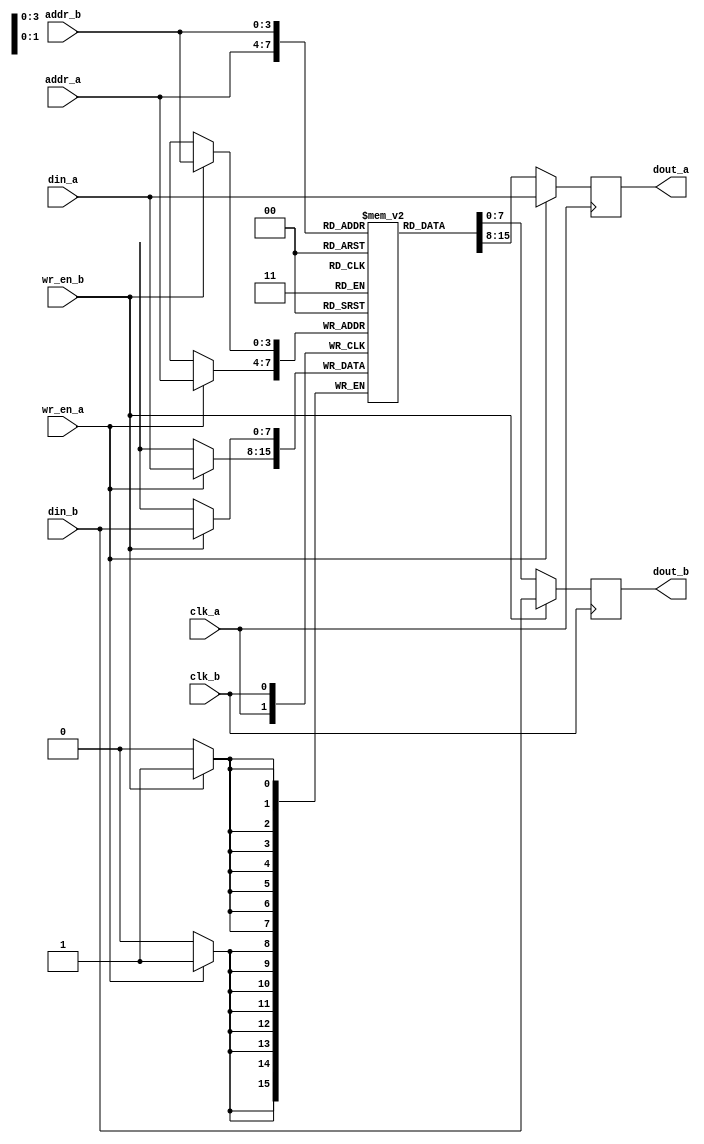
module full_dualport_ram
#(
    parameter WIDTH = 8,
    parameter DEPTH = 2**4
)
(
    input clk_a, clk_b,
    input wr_en_a, wr_en_b,
    input [$clog2(DEPTH)-1:0] addr_a, addr_b,
    input [WIDTH-1:0] din_a, din_b,
    output reg [WIDTH-1:0] dout_a, dout_b
);

    reg [WIDTH-1:0] mem [DEPTH];    // Memory is shared between port A and B

    // Port A
    always @(posedge clk_a)
        begin
            dout_a <= mem[addr_a];
            if(wr_en_a)
                begin
                    mem[addr_a] <= din_a;
                    dout_a <= din_a;    // Pass-through i.e. write-before-read behavior
                end
        end

    // Replicate previous block for port B
    always @(posedge clk_b)
        begin
            dout_b <= mem[addr_b];
            if(wr_en_b)
                begin
                    mem[addr_b] <= din_b;
                    dout_b <= din_b;
                end
        end

endmodule